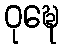
ဝုဍ္ဎေ